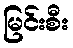
မြင်းစီး